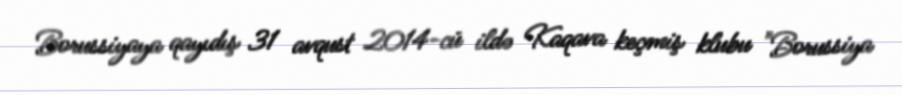
Borussiyaya qayıdış 31 avqust 2014-cü ildə Kaqava keçmiş klubu "Borussiya